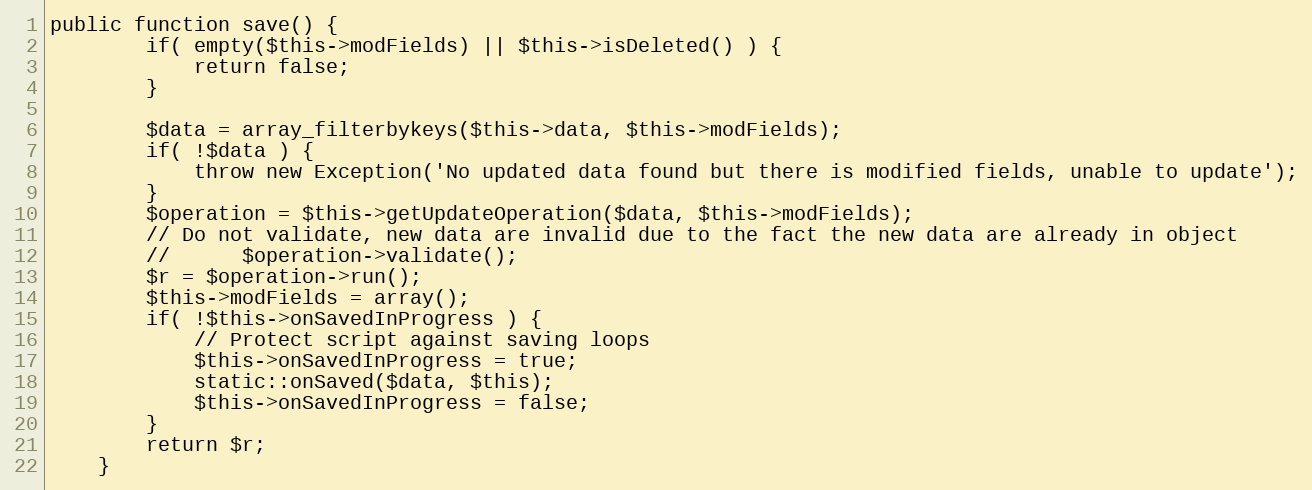
Language: PHP
public function save() {
		if( empty($this->modFields) || $this->isDeleted() ) {
			return false;
		}

		$data = array_filterbykeys($this->data, $this->modFields);
		if( !$data ) {
			throw new Exception('No updated data found but there is modified fields, unable to update');
		}
		$operation = $this->getUpdateOperation($data, $this->modFields);
		// Do not validate, new data are invalid due to the fact the new data are already in object
		// 		$operation->validate();
		$r = $operation->run();
		$this->modFields = array();
		if( !$this->onSavedInProgress ) {
			// Protect script against saving loops
			$this->onSavedInProgress = true;
			static::onSaved($data, $this);
			$this->onSavedInProgress = false;
		}
		return $r;
	}